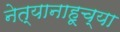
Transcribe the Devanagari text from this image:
नेत्यानाहूच्या